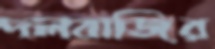
দলবাজির